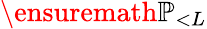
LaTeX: \ensuremath{\mathbb{P}}_{<L}